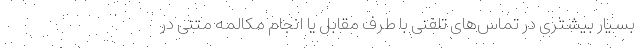
بسیار بیشتری در تماس‌های تلفنی با طرف مقابل یا انجام مکالمه متنی در